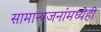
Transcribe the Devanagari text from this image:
सामान्यजनांमध्येही